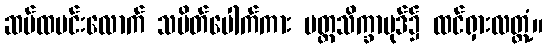
ဆပ်ထမင်းလောက် သပိတ်ပေါက်ကား ပတ္တသိက္ခာပုဒ်၌ ထင်ရှားလတ္တံ့။